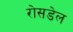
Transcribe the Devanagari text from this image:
रोसडेल